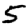
Digit: 5